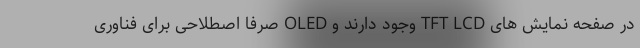
در صفحه نمایش های TFT LCD وجود دارند و OLED صرفاً اصطلاحی برای فناوری